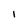
Character: l